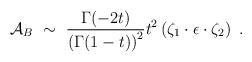
LaTeX: \begin{align*}{\cal A}_B~\sim~{\Gamma(-2t) \over \left(\Gamma (1-t)\right)^2} t^2 \left ( \zeta_1\cdot \epsilon \cdot \zeta_2 \right)~.\end{align*}